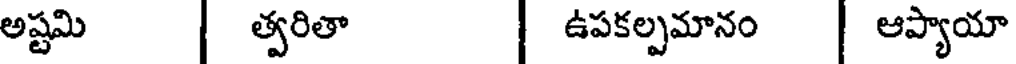
అష్టమి | త్వరితా | ఉపకల్పమానం | ఆప్యాయా